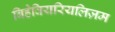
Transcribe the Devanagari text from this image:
बिहेवियरियलिज़म